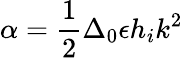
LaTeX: \alpha=\frac{1}{2}\Delta_{0}\epsilon h_{i}k^{2}